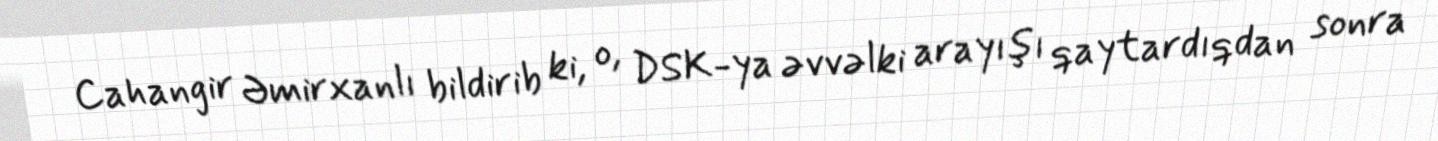
Cahangir Əmirxanlı bildirib ki, o, DSK-ya əvvəlki arayışı qaytardıqdan sonra